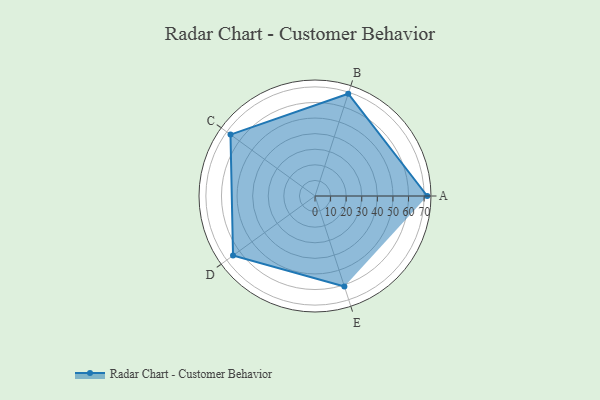
{"axis": {"x": "Skill", "y": "Score"}, "legend": ["Profile"], "data": [{"x": "A", "y": 72.0, "type": "Profile"}, {"x": "B", "y": 69.0, "type": "Profile"}, {"x": "C", "y": 67.0, "type": "Profile"}, {"x": "D", "y": 65.0, "type": "Profile"}, {"x": "E", "y": 61.0, "type": "Profile"}]}